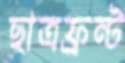
ছাত্রফ্রন্ট